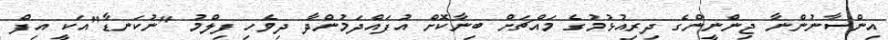
އިންސާނުންނާ ޖިންނީންގެ ދިރިއުޅުމުގެ މައްޗަށް ބިނާކޮށް އުފައްދަމުންދާ ދިވެހި ފިލްމު "ނުކަނޑާ"އަކީ އިފް